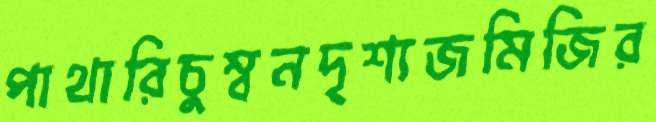
পাথারিচুম্বনদৃশ্যজমিজির